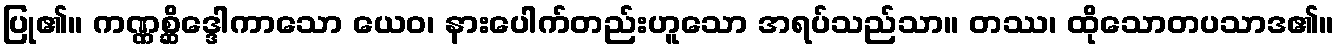
ပြု၏။ ကဏ္ဏစ္ဆိဒ္ဒေါကာသော ယေဝ၊ နားပေါက်တည်းဟူသော အရပ်သည်သာ။ တဿ၊ ထိုသောတပသာဒ၏။